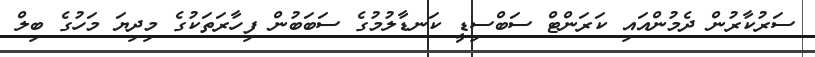
ސަރުކާރުން ދެމުންއައި ކަރަންޓް ސަބްސިޑީ ކަނޑާލުމުގެ ސަބަބުން ފިހާރަތަކުގެ މިދިޔަ މަހުގެ ބިލް